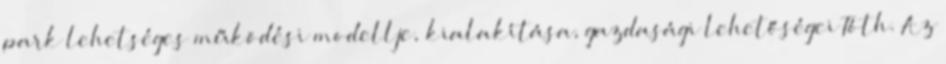
park lehetséges működési modellje, kialakítása, gazdasági lehetőségei Tóth. Az